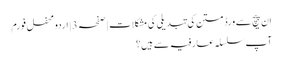
ان پیچ سے ورڈ متن کی تبدیلی کی مشکلات | صفحہ 3 | اردو محفل فورم
آپ سلسلہ عارفیہ سے ہیں؟